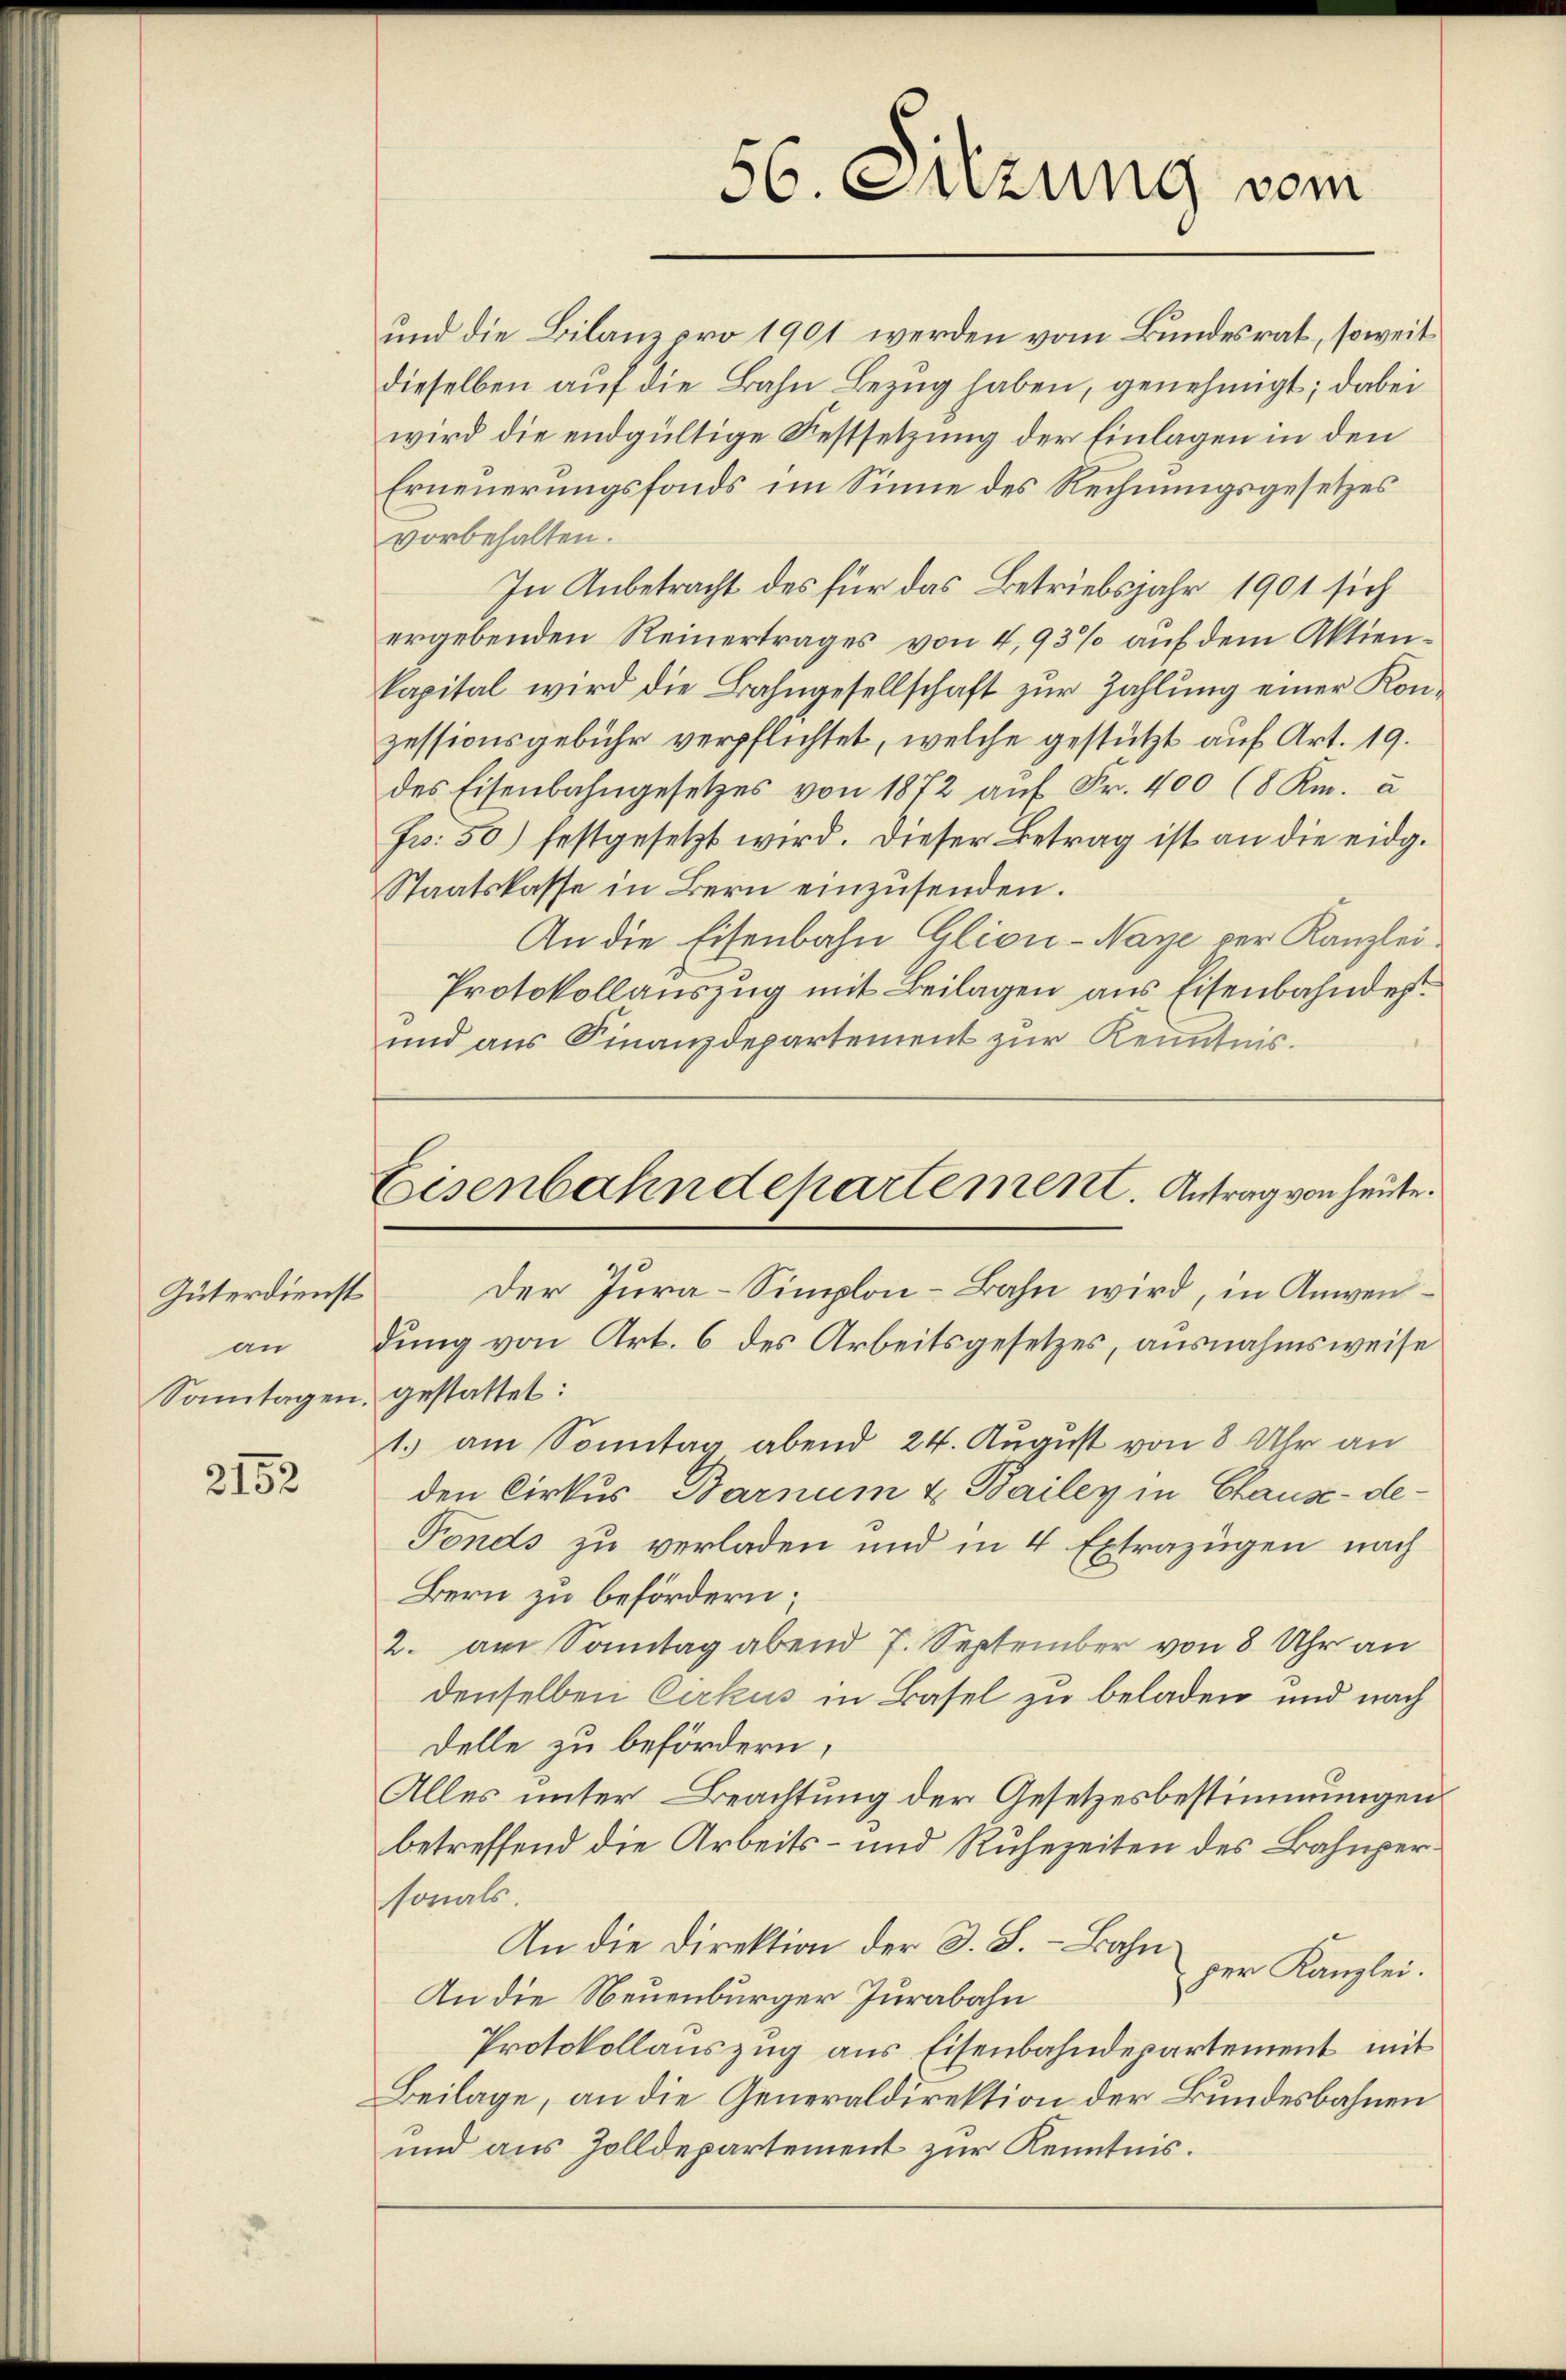
Güterdienst
an
Sontagen, gestattet:

2152

und die Bilanzpro 1901 werden vom Bundesrat, soweit
dieselben auf die Bahn Bezug haben, genehmigt; dabei
wird die endgültige Festsetzung der Einlagen in den
Erneuerungsfonds im Sinne des Rechnungsgesetzes
vorbehalten.
In Anbetracht des für das Betriebsjahr 1901 sich
ergebenden Reinertrages von 4,93% auf dem Aktienkapital wird die Bahngesellschaft zur Zahlung einer Konzessionsgebühr verpflichtet, welche gestützt auf Art. 19.
des Eisenbahngesetzes von 1872 auf Fr. 400 (8 Km. u
Fr. 50) festgesetzt wird. Dieser Betrag ist an die eidg.
Staatskasse in Bern einzŭsenden.
An die Eisenbahn Glion-Naye der Kanzlei
Protokollauszug mit Beilagen aus Eisenbahndes¬
und aus Finanzdepartement zur Kenntnis.

Der Jura-Simplon-Bahn wird, in Anwendung von Art. 6 des Arbeitsgesetzes, ausnahmsweise
1. am Sonntag abend 24. August von 8 Uhr an
den Cirkus Barnum & Bailey in Chause-de-
Fonds zu verladen und in 4 Extrazügen nach
Bern zu befördern;
2. am Sonntag abend 7. September von 8 Uhr an
denselben Cirkus in Basel zu beladen und nach
delle zu befördern,
Alles unter Beachtung der Gesetzesbestimmungen.
betreffend die Arbeits- und Ruhezeiten des Bahnpersonals.
An die Direktion der S. S. – Bahn
per Kanzlei.
An die Neuenburger Jurabahn
Protokollauszug aus Eisenbahndepartement mit
Beilage, an die Generaldirektion der Bundesbahnen
und aus Zolldepartement zur Kenntnis.

56. Sitzung vom

Eisenbahndepartement. Antrag von heute.